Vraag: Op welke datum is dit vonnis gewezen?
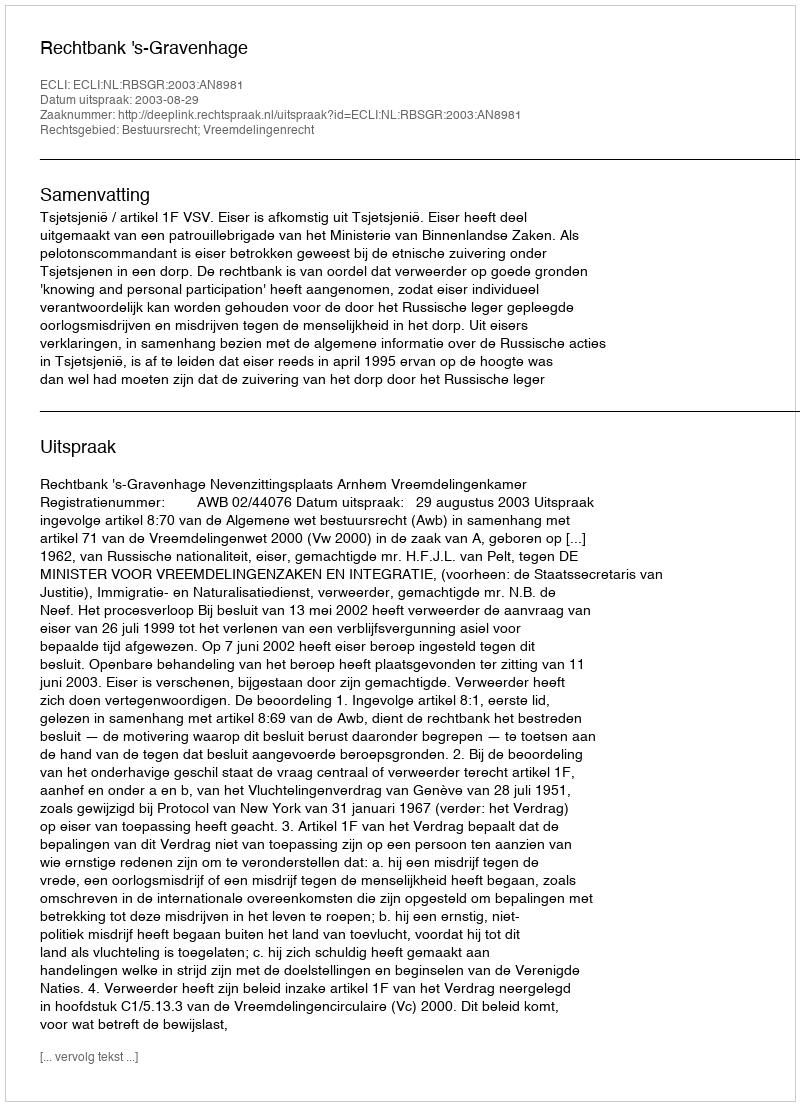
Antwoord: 2003-08-29